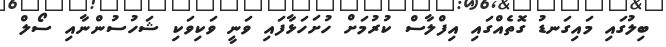
ބިލުގައި މައިގަނޑު ގޮތެއްގައި އިފްލާސް ކުރުމަށް ހުށަހަޅާފައި ވަނީ ވަކިވަކި ޝަހުސުންނާއި ސޯލް